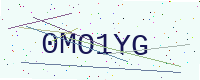
Text: 0MO1YG